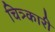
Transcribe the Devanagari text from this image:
चित्र्कारी